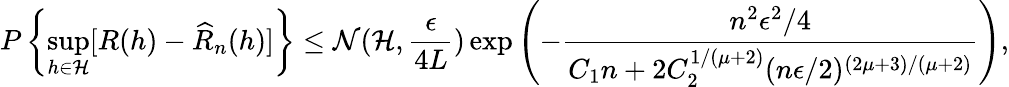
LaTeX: P\left\{ \underset{h\in\mathcal{H}}{\operatorname*{sup}}[R(h)-\widehat{R}_{n}(h)]\right\} \leq\mathcal{N}(\mathcal{H},\frac{\epsilon}{4L})\exp\left(-\frac{n^{2}\epsilon^{2}/4}{C_{1}n+2C_{2}^{1/(\mu+2)}(n\epsilon/2)^{(2\mu+3)/(\mu+2)}}\right),